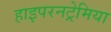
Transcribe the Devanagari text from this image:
हाइपरनट्रेमिया